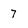
Character: 7